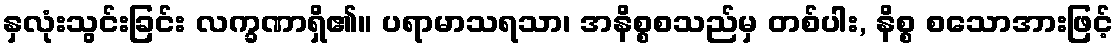
နှလုံးသွင်းခြင်း လက္ခဏာရှိ၏။ ပရာမာသရသာ၊ အနိစ္စစသည်မှ တစ်ပါး, နိစ္စ စသောအားဖြင့်